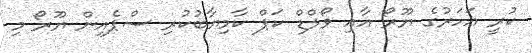
ކުރީ އަހަރުގެ ޔޫރޯ އާއި ވޯލްޑް ކަޕް ކާމިޔާބުކުރި ސްޕެއިން ޔޫރޯ މި